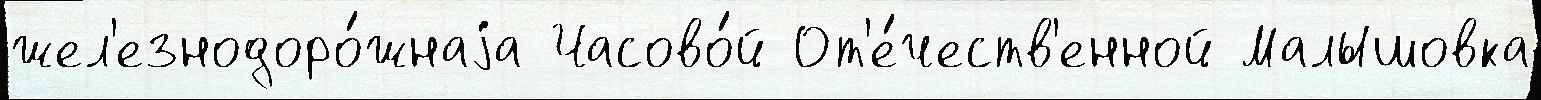
жел'езнодоро́жнаjа Часово́й От'е́честв'енной Малышовка